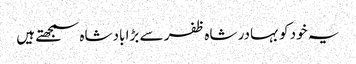
یہ خود کو بہادر شاہ ظفر سے بڑا بادشاہ سمجھتے ہیں